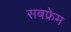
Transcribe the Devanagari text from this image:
सबफ्रेम